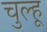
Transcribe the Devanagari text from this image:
चुल्हू